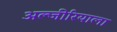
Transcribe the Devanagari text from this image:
अल्जीरियाला